Annual report on the working of the mental hospitals in the Madras Presidency - 1912-1932
Year: 1912
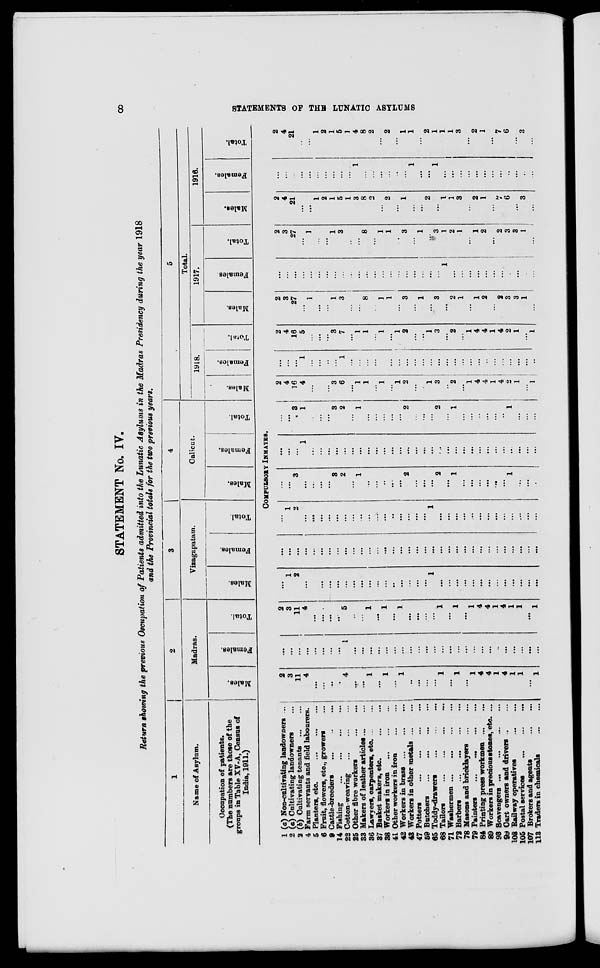
8
STATEMENTS OF THE LUNATIC ASYLUMS
STATEMENT No. IV.
Return showing the previous Occupation of Patients admitted into the Lunatic Asylums in the Madras Presidency during the year 1918
and the Provincial totals for the two previous years.
1
Name of Asylum.
Occupation of patients.
(The numbers are those of the
groups in Table XV-A, Census of
India, 1911.)
2
Madras.
Males.
Females.
Total.
3
Vizagapatam.
Males.
Females.
Total.
4
Calicut.
Males.
Females.
Total.
5
Total.
1918.
Males.
Females.
Total.
1917.
Males.
Females
Total.
1916.
Males.
Females.
Total.
COMPULSORY INMATES.
1
2
3
4
5
6
9
14
22
25
33
36
37
38
41
42
43
47
59
65
68
71
72
78
79
84
89
93
99
103
105
107
113
(a) Non-cultivating landowners ...
(a) Cultivating landowners ...
(b) Cultivating tenants
...
...
Farm servants and field labourers.
Planters, etc.
...
...
...
Fruit, flowers, etc., growers ...
Cattle-breeders
...
...
...
Fishing
...
... ... ...
Cotton-weaving ... ... ...
Other fibre workers
...
...
Makers of leather articles ... ...
Lawyers, carpenters, etc. ... ...
Basket makers, etc.
...
...
Workers in iron
...
...
...
Other workers in iron
...
...
Workers in brass
...
...
...
Workers in other metals
...
...
Potters
...
...
...
...
Butchers
...
...
...
...
Toddy-drawers ... ... ...
Tailors
...
...
...
...
Washermen ...
...
...
...
Barbers
...
...
...
...
Masons and bricklayers
...
...
Painters
...
...
...
...
Printing press workmen ...
...
Workers in precious stones, etc. ...
Scavengers ... ... ... ...
Cart owners and drivers ... ...
Railway operatives
...
...
Postal services
...
...
...
Brokers and agents
...
...
Traders in chemicals
...
...
2
3
11
4
...
...
...
...
4
...
...
1
...
1
...
1
...
...
...
...
1
...
1
...
1
4
4
1
4
1
1
...
1
...
...
...
...
...
...
...
...
1
...
...
...
...
...
...
...
...
...
...
...
...
...
...
...
...
...
...
...
...
...
...
...
...
2
3
11
4
...
...
...
...
5
...
...
1
...
1
...
1
...
...
...
...
1
...
1
...
1
4
4
1
4
1
1
...
1
...
1
2
...
...
...
...
...
...
...
...
...
...
...
...
...
...
...
...
1
...
...
...
...
...
...
...
...
...
...
...
...
...
...
...
...
...
...
...
...
...
...
...
...
...
...
...
...
...
...
...
...
...
...
...
...
...
...
...
...
...
...
...
...
...
...
...
1
2
...
...
...
...
...
...
...
...
...
...
...
...
...
...
...
...
1
...
...
...
...
...
...
...
...
...
...
...
...
...
...
...
3
...
...
...
...
3
2
...
1
...
...
..
...
...
2
...
...
...
2
...
1
...
...
...
...
...
...
1
...
...
...
...
...
...
1
...
...
...
...
...
...
...
...
...
...
...
...
...
...
...
...
...
...
...
...
...
...
...
...
...
...
...
...
...
...
...
3
1
...
...
...
3
2
...
1
...
...
...
...
...
2
...
...
...
2
...
1
...
...
...
...
...
...
1
...
...
...
2
4
16
4
...
...
...
3
6
...
1
1
...
1
...
1
2
...
...
1
3
...
2
...
1
4
4
1
4
2
1
... 1
...
...
...
1
...
...
...
...
1
...
...
...
...
...
...
...
...
...
...
...
...
...
...
...
...
...
...
...
...
...
...
...
...
2
4
16
5
...
...
...
3
7
...
1
1
...
1
...
1
2
...
...
1
3
...
2
...
1
4
4
1
4
2
1
...
1
2
3
27
...
1
...
...
1
3
...
...
8
...
1
1
...
3
...
1
...
3
...
2
1
...
1
2
...
2
3
3
1
...
...
...
...
...
...
...
...
...
...
...
...
...
...
...
...
...
...
...
...
...
1
...
...
...
...
...
1
...
...
...
...
...
2
3
27
...
1
...
...
1
3
...
...
8
...
1
1
...
3
...
1
...
3
1
2
1
...
1
2
...
2
3
3
1
...
2
4
21
...
...
1
2
1
5
1
3
8
2
...
2
...
1
...
...
2
...
1
1
3
...
2
1
...
...
6
...
3
...
...
...
...
...
...
...
...
...
...
...
1
...
...
...
...
...
...
1
...
...
1
...
...
...
...
...
...
...
...
...
...
...
...
2
4
21
...
...
1
2
1
5
1
4
8
2
...
2
...
1
1
...
2
1
1
1
3
...
2
1
...
7
6
...
3
...